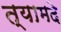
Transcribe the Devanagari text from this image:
त्यामदे